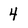
Character: 4